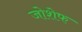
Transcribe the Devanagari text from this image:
जोशेफ